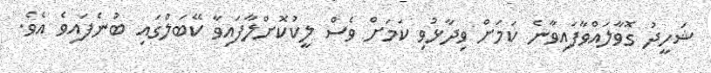
ޝަހީދު ގޮވާލައްވާފައިވާނެ ކަމަށް ވިދާޅުވި ކަމަށް ވެސް ލީކުކޮށްލާފައިވާ ކޭބަލްގައި ބުނެފައިވެ އެވެ.